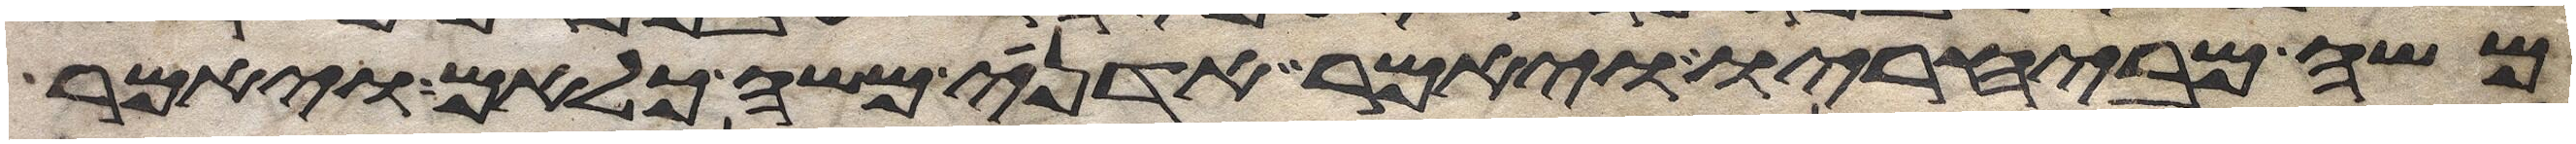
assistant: משה מבחיריו ויאמר אדני משה כלאם ויאמר